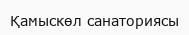
Қамыскөл санаториясы